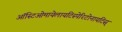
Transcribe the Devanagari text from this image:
ऑस्टिओमायेलायटिस्पेरिटोनायटिस्